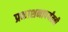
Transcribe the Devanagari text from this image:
प्रकाशनापर्यंतची